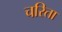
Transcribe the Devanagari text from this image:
चरिता